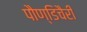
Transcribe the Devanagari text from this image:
पौण्डिचैरी